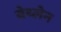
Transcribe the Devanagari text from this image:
बेथ्लेन